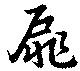
扉